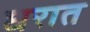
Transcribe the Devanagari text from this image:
धरात